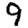
Digit: 9